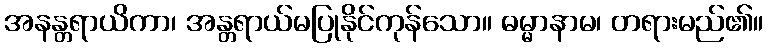
အနန္တရာယိကာ၊ အန္တရာယ်မပြုနိုင်ကုန်သော။ ဓမ္မာနာမ၊ တရားမည်၏။